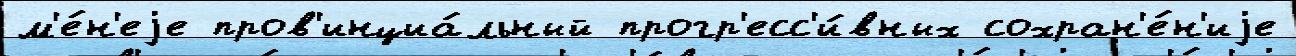
м'е́н'еjе пров'инциа́льный прогр'есс'и́вных сохран'е́н'иjе